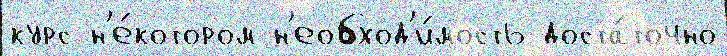
курс н'е́котором н'еобход'и́мость доста́точно